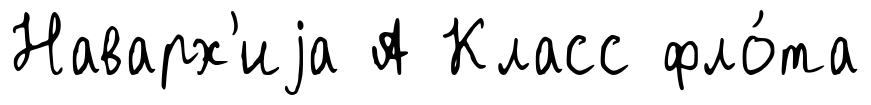
Наварх'иjа А Класс фло́та